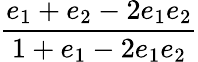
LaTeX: \displaystyle\frac{e_{1}+e_{2}-2e_{1}e_{2}}{1+e_{1}-2e_{1}e_{2}}